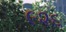
૯૨૬